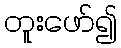
တူးဖော်၍